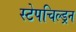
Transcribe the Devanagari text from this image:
स्टेपचिल्ड्रन